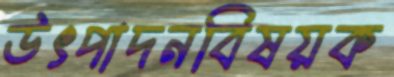
উৎপাদনবিষয়ক